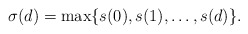
\begin{align*}\sigma(d) = \max \{ s(0), s(1), \ldots, s(d) \}.\end{align*}